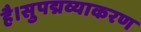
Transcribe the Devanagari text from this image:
है।सुपद्मव्याकरण